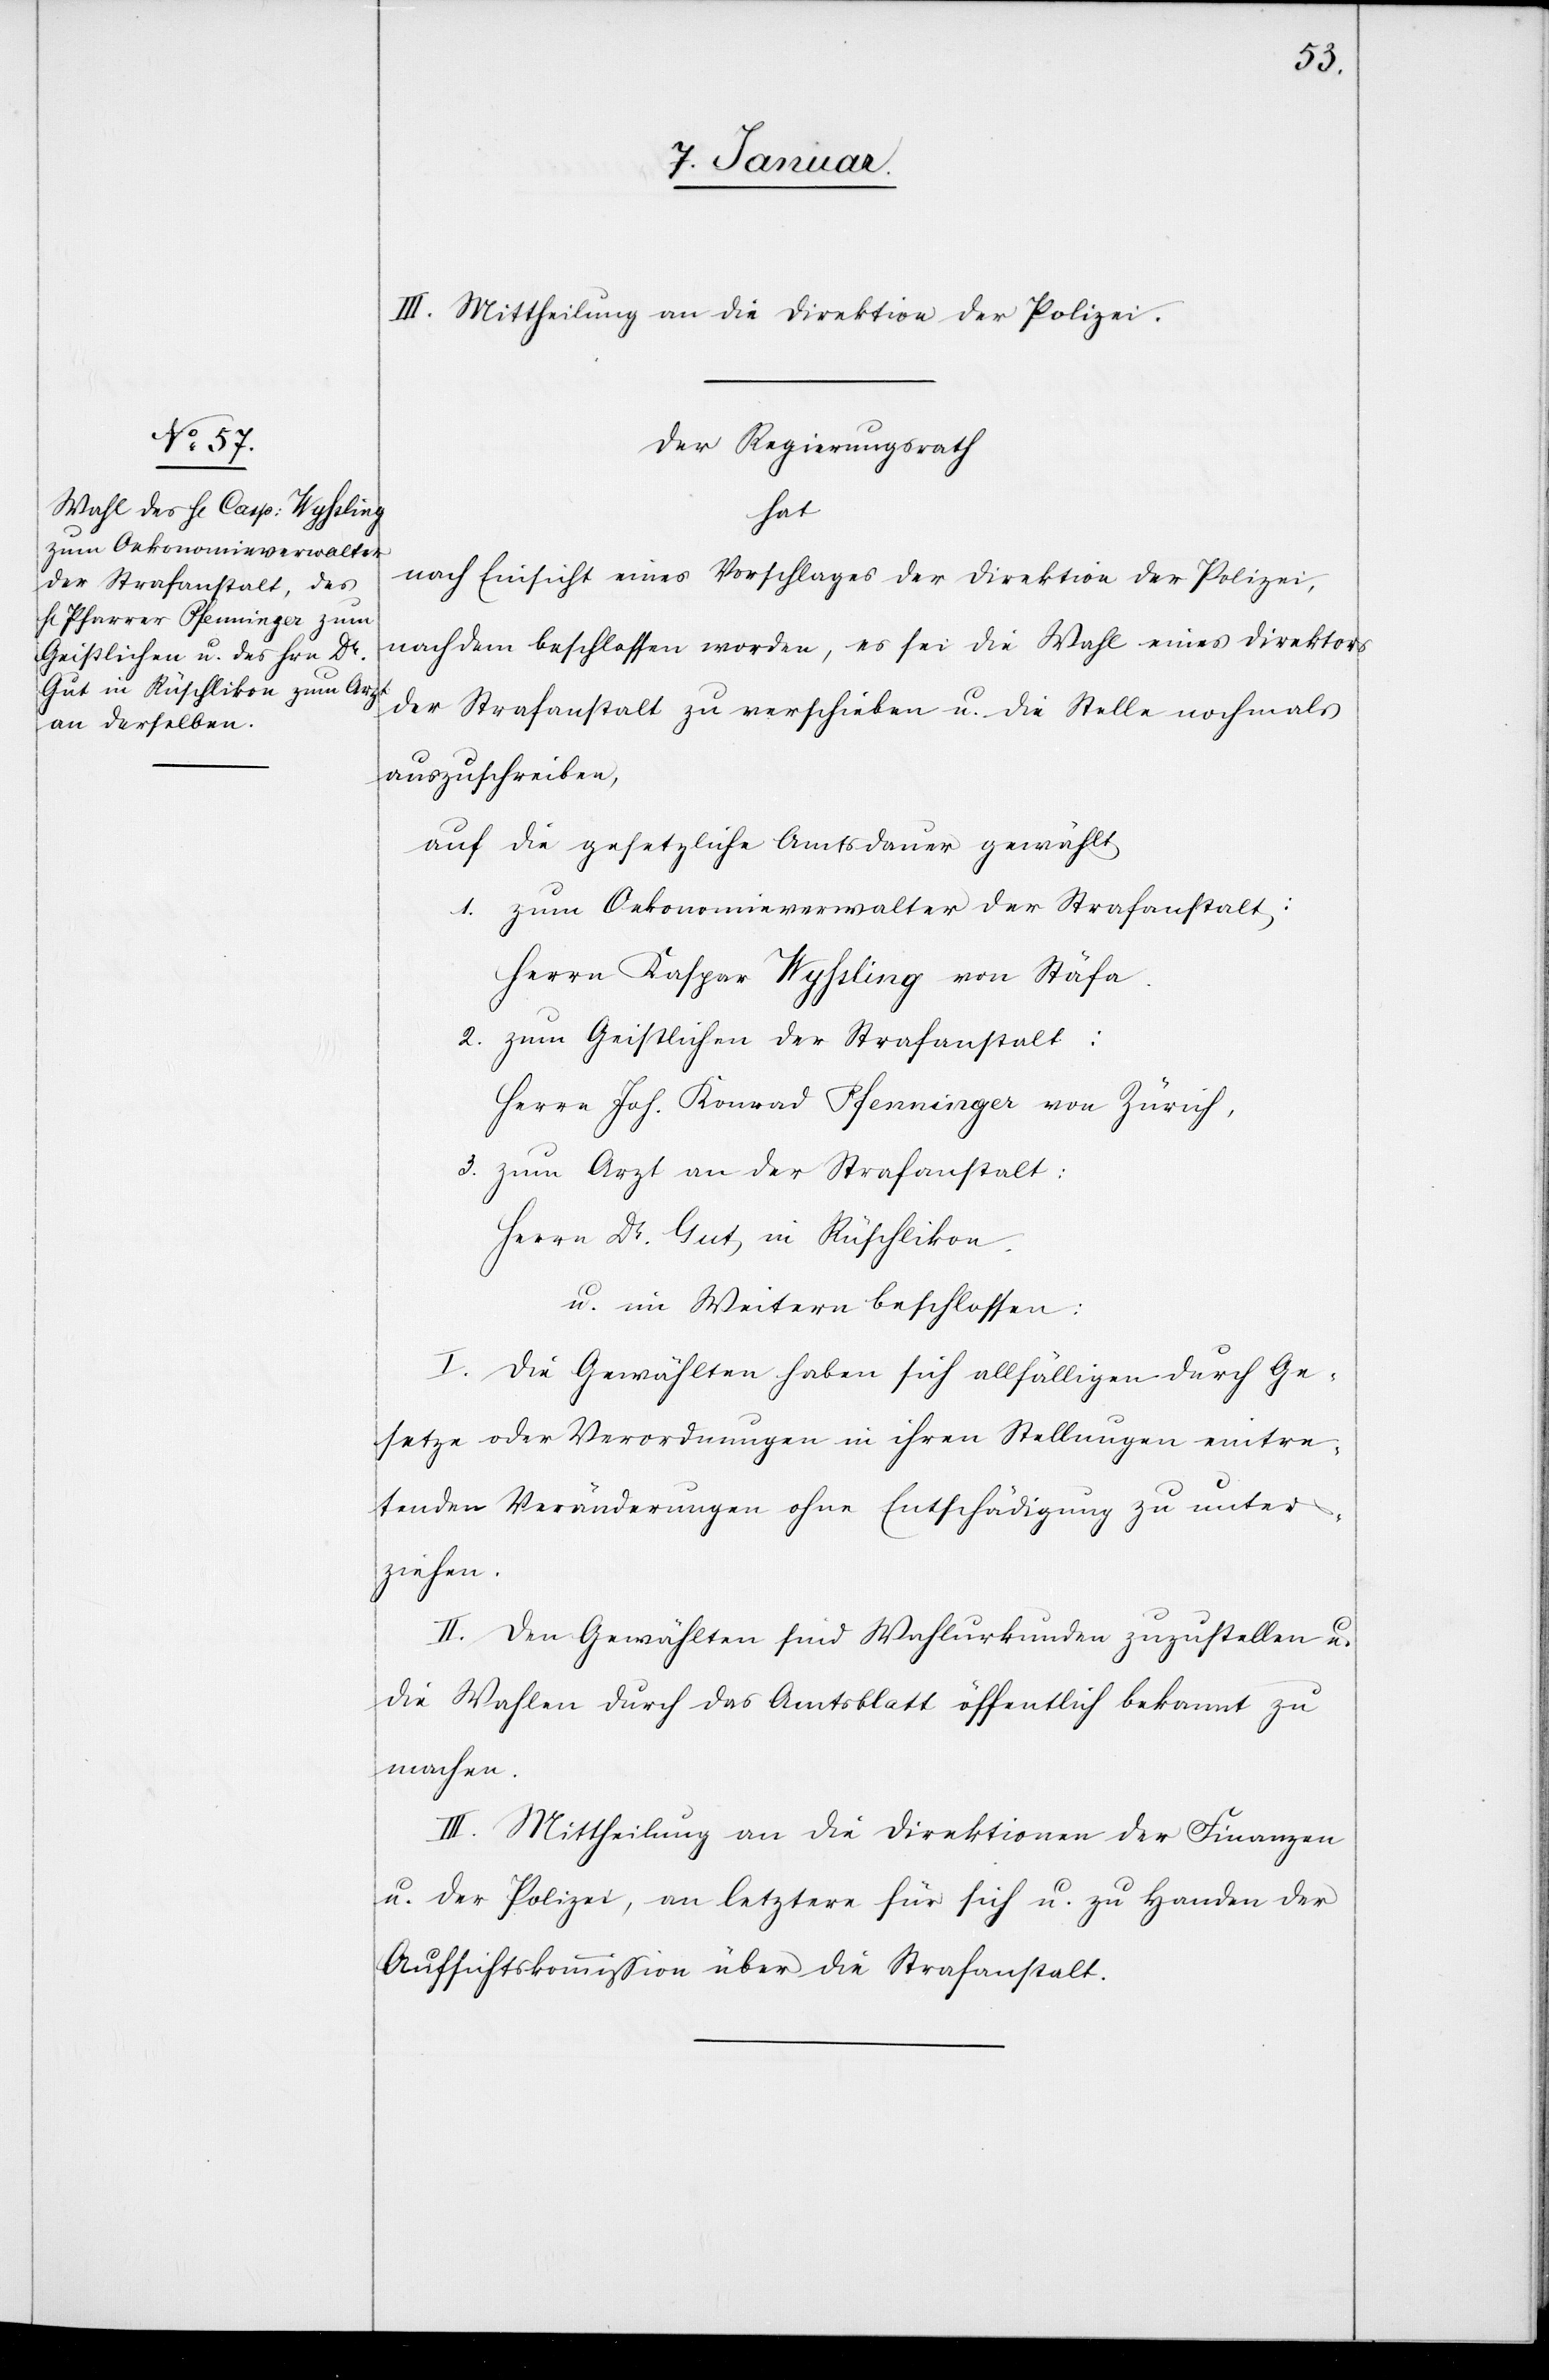
7. Januar]
III. Mittheilung an die Direktion der Polizei.
Der Regierungsrath
hat
nach Einsicht eines Vorschlages der Direktion der Polizei,
nachdem beschlossen worden, es sei die Wahl eines Direktors
der Strafanstalt zu verschieben u. die Stelle nochmals
auszuschreiben,
auf die gesetzliche Amtsdauer gewählt:
1. zum Oekonomieverwalter der Strafanstalt:
Herrn Kaspar Wyssling von Stäfa.
2. zum Geistlichen der Strafanstalt:
Herr Joh. Konrad Pfenninger von Zürich,
3. zum Arzt an der Strafanstalt
Herrn Dr. Gut, in Rüschlikon.
u. im Weitern beschlossen:
I. Die Gewählten haben sich allfälligen durch Ge¬
setze oder Verordnungen in ihren Stellungen eintre¬
tenden Veränderungen ohne Entschädigung zu unter¬
ziehen.
II. Den Gewählten sind Wahlurkunden zuzustellen u.
die Wahlen durch das Amtsblatt öffentlich bekannt zu
machen.
III. Mittheilung an die Direktionen der Finanzen
u. der Polizei, an letztere für sich u. zu Handen der
Aufsichtskommission über die Strafanstalt.